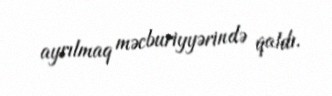
ayrılmaq məcburiyyərində qaldı.